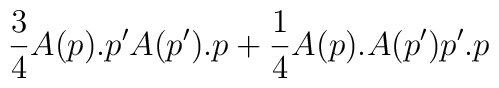
\frac{3}{4}A(p).p'A(p').p + \frac{1}{4}A(p).A(p')p'.p